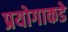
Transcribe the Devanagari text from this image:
प्रयोगाकडे